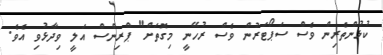
ކުޅުންތެރިން ވެސް ސަޕޯޓަރުން ވެސް ރުހޭނީ މިގޮތަށް" ޕްރިންސް އަލީ ވިދާޅުވި އެވެ.